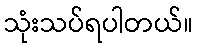
သုံးသပ်ရပါတယ်။